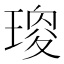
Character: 𤧯